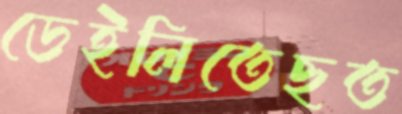
ডেইলিতেছত